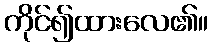
ကိုင်၍ထားလေ၏။